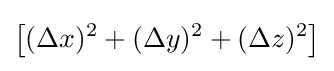
\left[(\Delta x)^{2}+(\Delta y)^{2}+(\Delta z)^{2}\right]